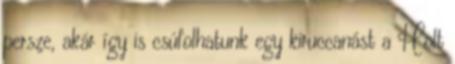
persze, akár így is csúfolhatunk egy kiruccanást a Holt